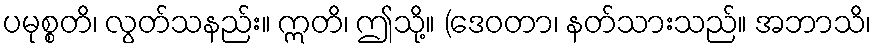
ပမုစ္စတိ၊ လွတ်သနည်း။ ဣတိ၊ ဤသို့။ (ဒေဝတာ၊ နတ်သားသည်။ အဘာသိ၊